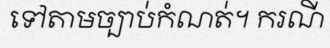
ទៅតាមច្បាប់កំណត់។ ករណី